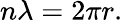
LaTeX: n\lambda=2\pi r.